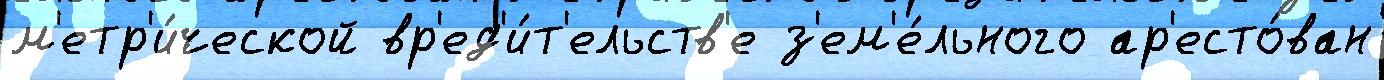
м'етр'и́ческой вр'ед'и́т'ельств'е з'ем'е́льного ар'есто́ван